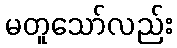
မတူသော်လည်း